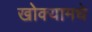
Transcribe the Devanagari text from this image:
खोक्यामधे